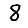
Digit: 8